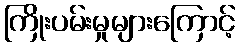
ကြိုးပမ်းမှုများကြောင့်